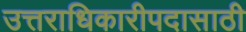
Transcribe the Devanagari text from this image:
उत्तराधिकारीपदासाठी